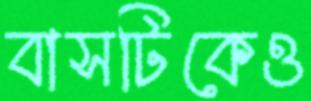
বাসটিকেও